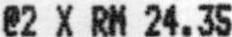
@2 X RM 24.35